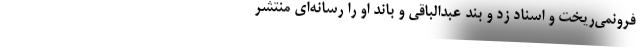
فرونمی‌ریخت و اسناد زد و بند عبدالباقی و باند او را رسانه‌ای منتشر